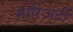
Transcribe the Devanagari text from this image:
मोरिअर्टी